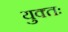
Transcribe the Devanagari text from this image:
युक्‍तः